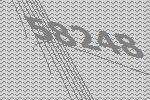
58248